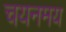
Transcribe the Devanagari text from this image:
चयनमय